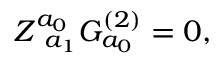
Z _ { \; \; a _ { 1 } } ^ { a _ { 0 } } G _ { a _ { 0 } } ^ { ( 2 ) } = 0 ,